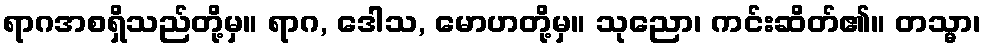
ရာဂအစရှိသည်တို့မှ။ ရာဂ, ဒေါသ, မောဟတို့မှ။ သုညော၊ ကင်းဆိတ်၏။ တသ္မာ၊